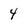
Character: 4